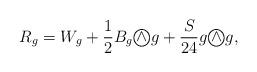
LaTeX: \begin{align*}R_g=W_g+\frac 12 B_g \textcircled{$\wedge$} g + \frac S{24} g \textcircled{$\wedge$} g, \end{align*}